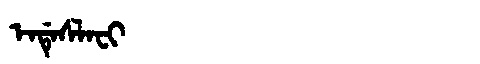
Manchu: ᡝᠨᡩᡝᠰᠯᠠᠸᡳ
Romanization: ENDESLAFI